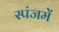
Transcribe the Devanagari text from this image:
स्पंजमें